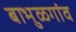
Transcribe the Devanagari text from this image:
बाभुळगांव